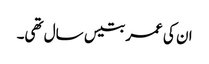
ان کی عمر بتیس سال تھی۔